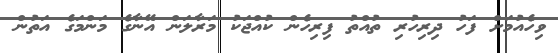
ވިހެއުމަށް ފަހު ދިރިހުރި ތުއްތު ފިރިހެން ކުއްޖަކު މަރާލަން އޭނާގެ މަންމަގެ އަތުން